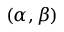
( \alpha , \beta )